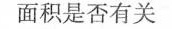
面积是否有关